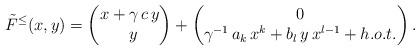
LaTeX: \begin{align*}& \tilde{F}^{\leq}(x, y) = \begin{pmatrix}x + \gamma \, c \, y \\\ \, y\end{pmatrix} +\begin{pmatrix}0 \\\gamma^{-1} \, a_k \, x^k + b_l \, y \, x^{l-1} + h.o.t.\end{pmatrix}.\end{align*}